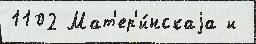
1102 Мат'ер'и́нскаjа и